Annual returns of the Patna Lunatic Asylum at Bankipore in Bihar and Orissa - 1912-1924
Year: 1912
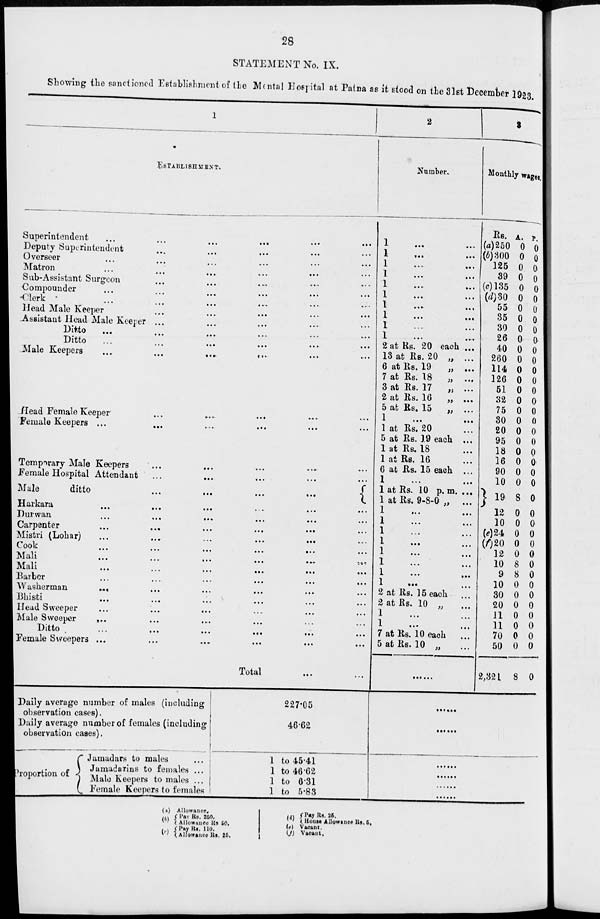
28
STATEMENT No. IX.
Showing the sanctioned Establishment of the Mental Hospital at Patna as it stood on the 31st December 1923.
1
ESTABLISHMENT.
Superintendent ... ... ... ... ... ...
Deputy Superintendent ... ... ... ... ... ...
Overseer ... ... ... ... ... ...
Matron ... ... ... ... ... ...
Sub-Assistant Surgeon ... ... ... ... ... ...
Compounder ... ... ... ... ... ...
Clerk ... ... ... ... ... ...
Head Male Keeper ... ... ... ... ... ...
Assistant Head Male Keeper ... ... ... ... ... ... ...
Ditto ... ... ... ... ... ... ...
Ditto
...
...
...
...
...
...
Male Keepers ... ... ... ... ... ...
Head Female Keeper ... ... ... ... ... ...
Female Keepers ... ... ... ... ... ...
Temporary Male Keepers ... ... ... ... ... ...
Female Hospital Attendant ... ... ... ... ... ...
Male
ditto
...
...
...
...
...
...
Harkara
...
...
...
...
...
...
Durwan
...
...
...
...
...
...
Carpenter
...
...
...
...
...
...
Mistri (Lohar) ... ... ... ... ... ...
Cook
...
...
...
...
...
...
Mali
...
...
...
...
...
...
Mali
...
...
...
...
...
...
Barber ... ... ... ... ... ...
Washerman ... ... ... ... ... ...
Bhisti ... ... ... ... ... ...
Head Sweeper ... ... ... ... ... ...
Male Sweeper
... ... ... ... ... ... ...
Ditto
...
...
...
...
...
...
Female Sweepers ... ... ... ... ... ... ...
Total ... ...
2
Number..
1
...
...
1
...
...
1
...
...
1
...
...
1 ... ...
1
...
...
1
...
...
1
...
...
1 ... ...
1
... ...
2 at Rs. 20 each ...
13 at Rs. 20 „ ...
6 at Rs. 19
„ ...
7 at Rs. 18
„ ...
3 at Rs. 17
„ ...
2 at Rs. 16
„ ...
5 at Rs. 15
„ ...
1
...
...
1 at Rs. 20 ...
5 at Rs. 19 each ...
1 at Rs. 18 ...
1 at Rs. 16 ...
6 at Rs. 15 each ...
1
...
...
1 at Rs. 10 p. m. ...
1 at Rs. 9-8-0 „ ...
1 ... ...
1 ... ...
1 ... ...
1
...
...
1 ... ...
1 ... ...
1
...
...
1 ... ...
2 at Rs. 15 each ...
2 at Rs. 10 „ ...
1 ... ...
1
...
...
7 at Rs. 10 each ...
5 at Rs. 10 „ ...
......
3
Monthly wages.
Rs.
(a) 250
(b)300
125
39
(c) 135
(d) 30
55
35
30
26
40
260
114
126
51
32
75
30
20
95
18
16
90
10
19
12
10
(e)24
(f) 20
12
10
9
10
30
20
11
11
70
50
2,321
A.
0
0
0
0
0
0
0
0
0
0
0
0
0
0
0
0
0
0
0
0
0
0
0
0
8
0
0
0
0
0
8
8
0
0
0
0
0
0
0
8
P.
0
0
0
0
0
0
0
0
0
0
0
0
0
0
0
0
0
0
0
0
0
0
0
0
0
0
0
0
0
0
0
0
0
0
0
0
0
0
0
0
Daily average number of males (including
observation cases).
Daily average number of females (including
observation cases).
Proportion of
Jamadars to males ...
Jamadarins to females ...
Male Keepers to males ...
Female Keepers to females
227.05
46.62
1 to 45.41
1 to 46.62
1 to 6.31
1 to 5.83
......
......
......
......
......
......
(a)
(b)
(c)
Allowance.
Pav Rs. 250.
Allowance Rs 50.
Pay Rs. 110.
Allowance Rs. 25.
(d)
(e)
(f )
Pay Rs. 25.
House Allowance Rs. 5.
Vacant.
Vacant.